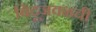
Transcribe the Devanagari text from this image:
बिंदूजवळची